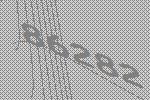
86282